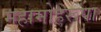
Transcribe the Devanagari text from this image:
महामोहरूपा